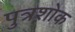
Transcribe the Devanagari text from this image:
पुत्रशोक